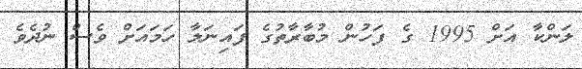
ލަންކާ އަށް 1995 ގެ ފަހުން މުބާރާތުގެ ފައިނަލާ ހަމައަށް ވެސް ނުދެވެ